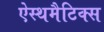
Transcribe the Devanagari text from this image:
ऐस्थमैटिक्स